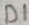
Text: D1